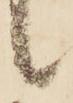
候